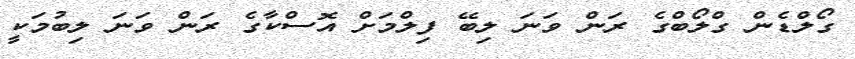
ގޯލްޑެން ގްލޯބްގެ ރަން ވަނަ ލިބޭ ފިލްމަށް އޮސްކާގެ ރަން ވަނަ ލިބުމަކީ